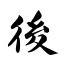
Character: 後